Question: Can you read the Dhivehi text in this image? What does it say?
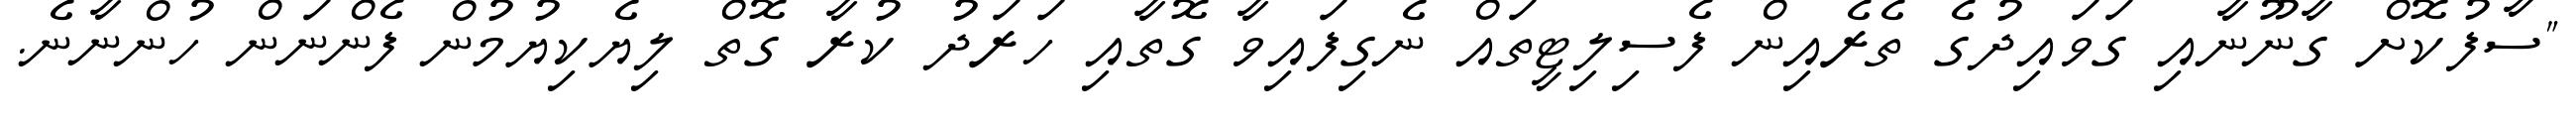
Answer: "ސާފުކޮށް ގާނޫނާއި ގަވައިދުގެ ތެރެއިން ފެސިލިޓީތައް ނެގިފައިވާ ގޮތާއި ހަރަދު ކުރާ ގޮތް ލިޔެކިޔުމުން ފެންނަން ހުންނާނެ.